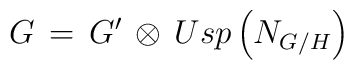
G \, = \, G^\prime \, \otimes \, Usp\left( N_{G/H} \right)